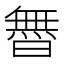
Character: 𱢬